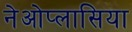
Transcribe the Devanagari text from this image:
नेओप्लासिया